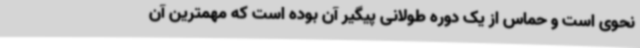
نحوی است و حماس از یک دوره طولانی پیگیر آن بوده است که مهمترین آن